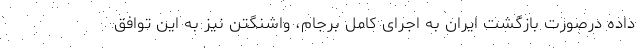
داده درصورت بازگشت ایران به اجرای کامل برجام، واشنگتن نیز به این توافق